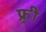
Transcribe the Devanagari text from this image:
फ्र्र्र्री